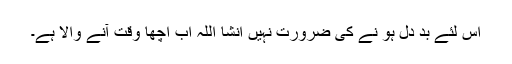
اس لئے بد دل ہو نے کی ضرورت نہیں انشا اللہ اب اچھا وقت آنے والا ہے۔